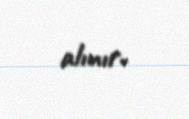
alınır.